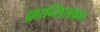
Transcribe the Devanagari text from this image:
फ़्रान्सिसकन